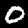
Digit: 0